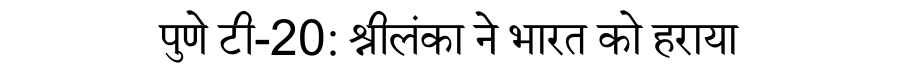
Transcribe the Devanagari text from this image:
पुणे टी-20: श्रीलंका ने भारत को हराया